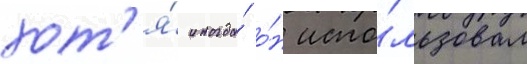
хот'я́ иногда́ о́н испо́льзовал